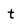
Character: t